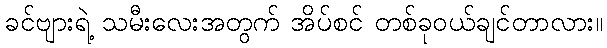
ခင်ဗျားရဲ့ သမီးလေးအတွက် အိပ်စင် တစ်ခုဝယ်ချင်တာလား။